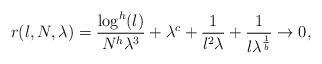
LaTeX: \begin{align*} r(l,N,\lambda) &= \frac{\log^h(l)}{N^h\lambda^3}+\lambda^c + \frac{1}{l^2\lambda} + \frac{1}{l\lambda^{\frac{1}{b}}}\rightarrow 0, \end{align*}